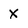
Character: x